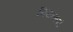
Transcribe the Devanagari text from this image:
नियन्त्रण।